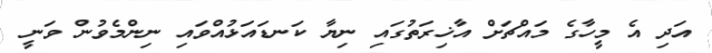
އަދި އެ މީހާގެ މައްޗަށް އާޚިރަތުގައި ނިޔާ ކަނޑައަޅުއްވައި ނިންމެވުން ވަނީ